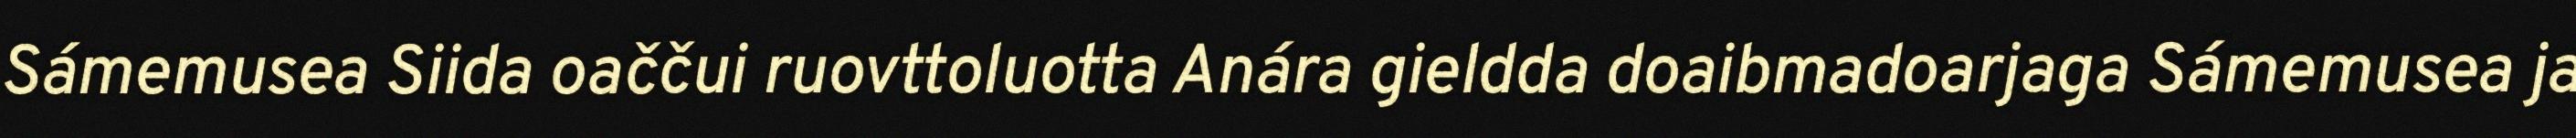
Sámemusea Siida oaččui ruovttoluotta Anára gieldda doaibmadoarjaga Sámemusea ja